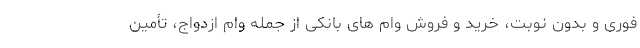
فوری و بدون نوبت، خرید و فروش وام های بانکی از جمله وام ازدواج، تأمین